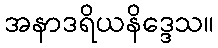
အနာဒရိယနိဒ္ဒေသ။